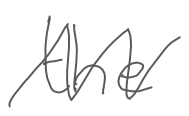
Text: the
Cross-out: zig-zag
Writing tool: digital_gray